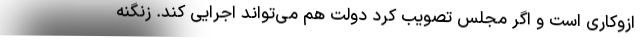
ازوکاری است و اگر مجلس تصویب کرد دولت هم می‌تواند اجرایی کند. زنگنه